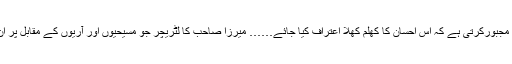
ان کی یہ خصوصیت کہ وہ اسلام کے مخالفین کے برخلاف ایک فتح نصیب جرنیل کا فرض پورا کرتے رہے ہیں مجبورکرتی ہے کہ اس احسان کا کھلم کھلا اعتراف کیا جائے…… میرزا صاحب کا لٹریچر جو مسیحیوں اور آریوں کے مقابل پر ان سے ظہور میں آیا قبول عام کی سند حاصل کر چکا ہے اور اس خصوصیت میں وہ کسی تعارف کا محتاج نہیں ۔